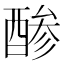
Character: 𮠳